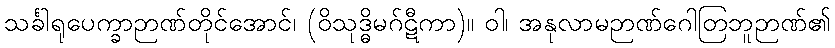
သင်္ခါရုပေက္ခာဉာဏ်တိုင်အောင်၊ (ဝိသုဒ္ဓိမဂ်ဋီကာ)။ ဝါ၊ အနုလာမဉာဏ်ဂေါတြဘူဉာဏ်၏